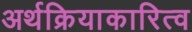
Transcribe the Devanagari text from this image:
अर्थक्रियाकारित्व